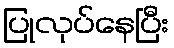
ပြုလုပ်နေပြီး